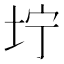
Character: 坾